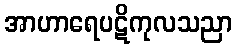
အာဟာရေပဋိကုလသညာ